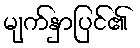
မျက်နှာပြင်၏